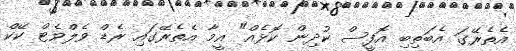
އެތެރޭގަ އެބަތިބި އޮފީސް ކުދިން ކޮޅެއް" އީމާ އެތެރޭގައި ރެޑް ވެލްވެޓް ކޭކް